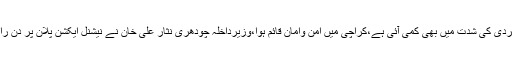
لیاقت خان نے کہاکہ دہشت گردی کا نہ ختم ہونے والا سلسلہ تھا اب دہشت گردی کی شدت میں بھی کمی آئی ہے،کراچی میں امن وامان قائم ہوا،وزیرداخلہ چودھری نثار علی خان نے نیشنل ایکشن پلان پر دن رات محنت کرکے اسے کامیابی سے ہمکنارکیا انہیں بھی تنقیدکا نشانہ بنایاگیا۔